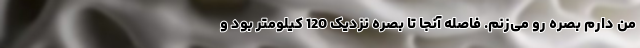
من دارم بصره رو می‌زنم. فاصله آنجا تا بصره نزدیک 120 کیلومتر بود و